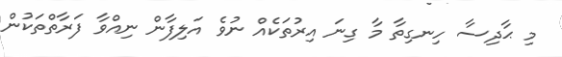
މި ޙާދިސާ ހިނގިތާ މާ ގިނަ އިރުތަކެއް ނުވެ އަލިފާން ނިއްވާ ފަރާތްތަކުން